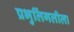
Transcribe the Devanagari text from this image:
प्रभुलिंगलीला